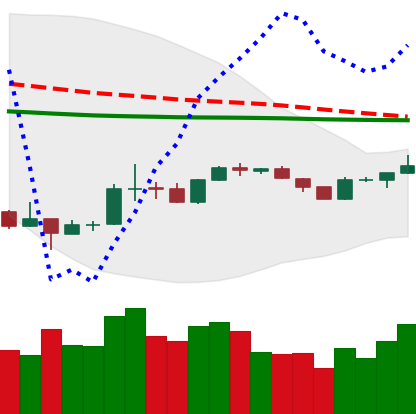
Ticker: BTC-USD
Chart end date: 2020-04-02
Forward return: 5.635%
Label: up_5_7